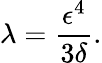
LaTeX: \lambda=\frac{\epsilon^{4}}{3\delta}.